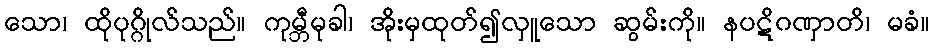
သော၊ ထိုပုဂ္ဂိုလ်သည်။ ကုမ္ဘီမုခါ၊ အိုးမှထုတ်၍လှူသော ဆွမ်းကို။ နပဋိဂဏှာတိ၊ မခံ။